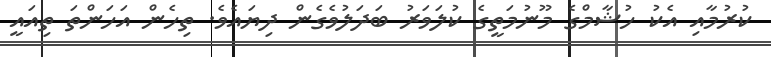
ކުރުމާއި އެކު ހުޝާމްގެ މޫނުމަތީގެ ކުލަވަރު ބަދަލުވެގެން ދިޔައެވެ. ތިހެން އަހަންތަ ތިއައީ